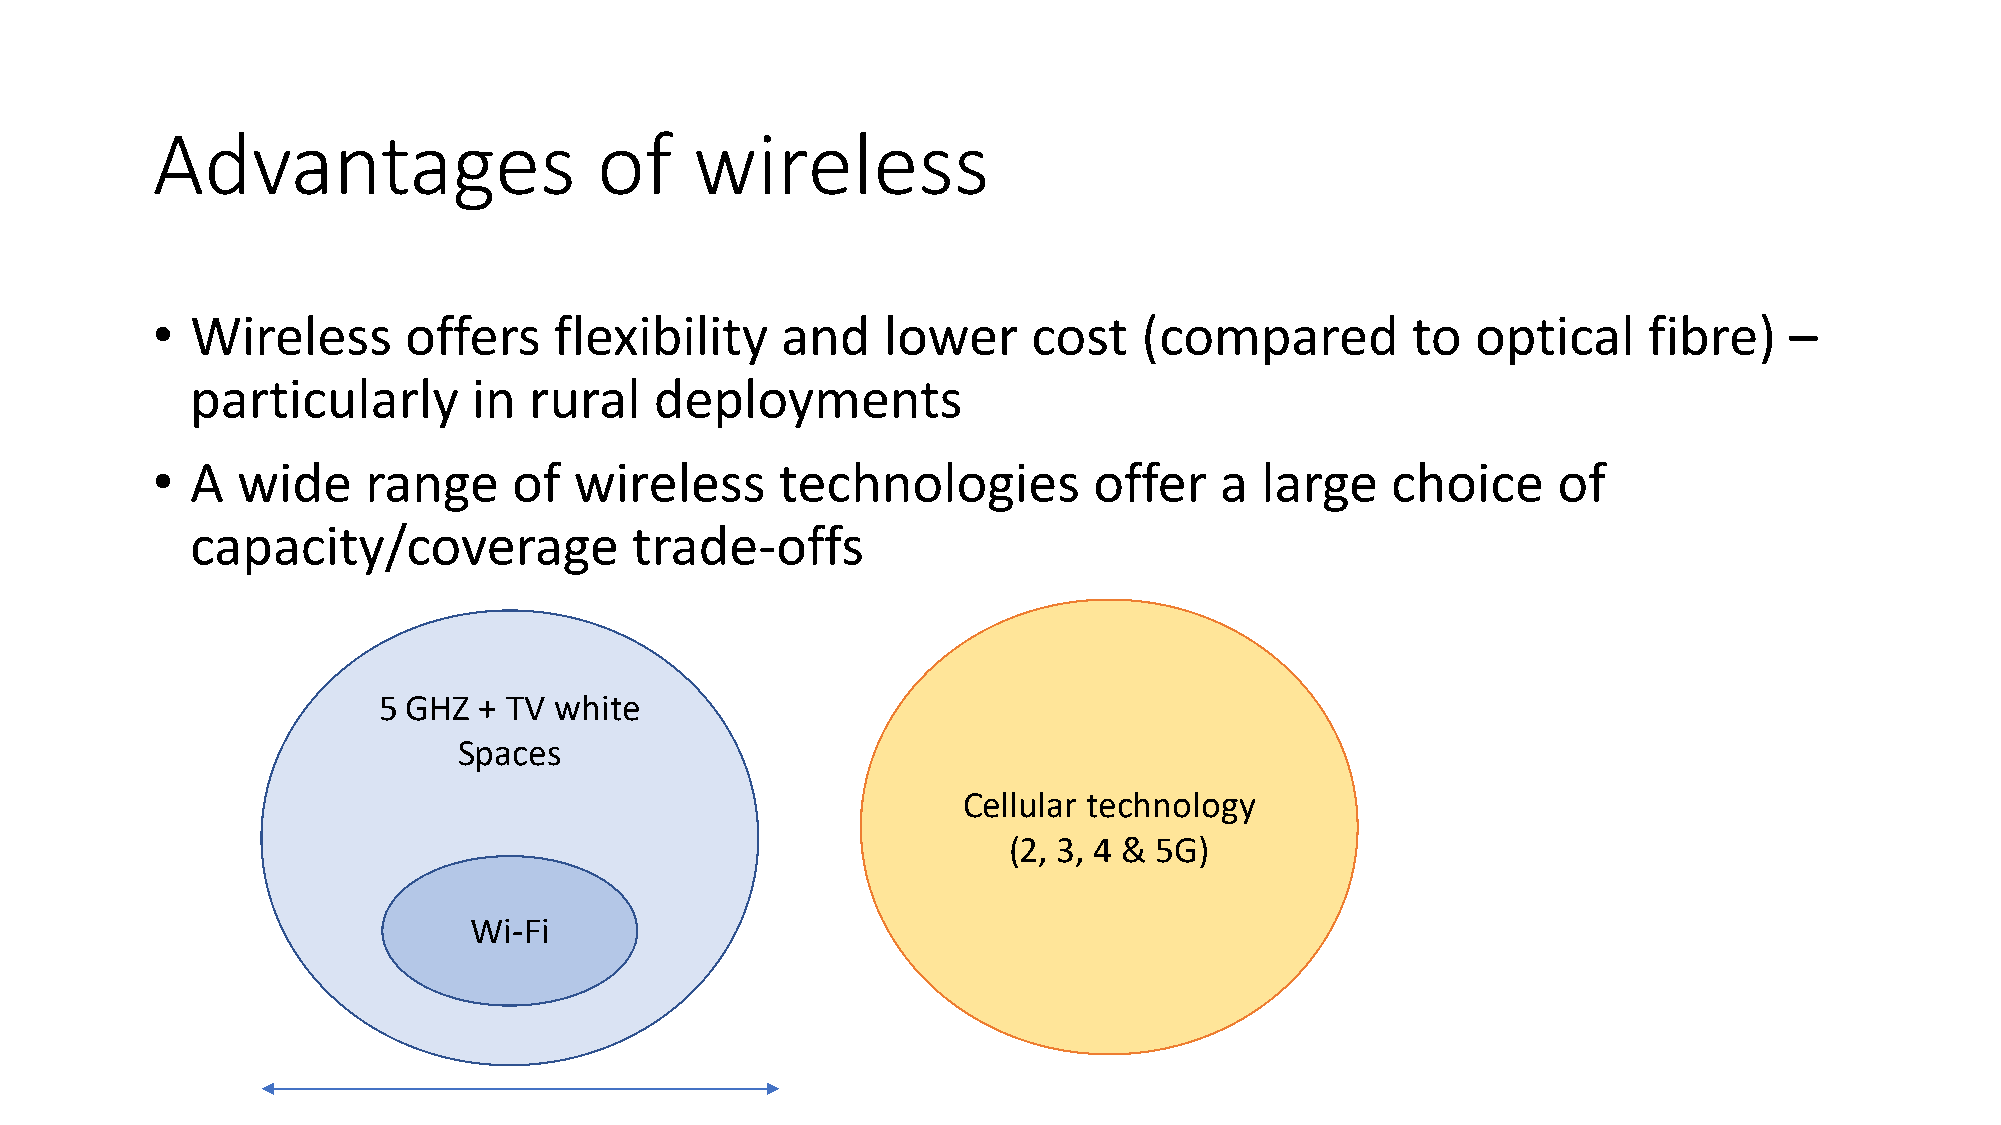
Advantages                    of    wireless
 •  Wireless      offers    flexibility    and   lower     cost    (compared        to   optical    fibre)   –
 particularly      in  rural   deployments
 •  A  wide    range     of  wireless      technologies        offer    a large    choice     of
 capacity/coverage            trade-offs
 5 GHZ  + TV white
 Spaces
 Cellular technology
 (2, 3, 4 & 5G)
 Wi-Fi